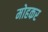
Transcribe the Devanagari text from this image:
मोहकर